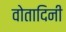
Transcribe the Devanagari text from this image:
वोतादिनी